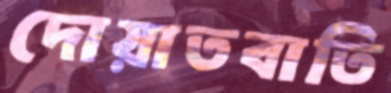
দোয়াতবাতি